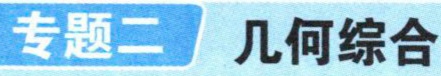
专题二 几何综合